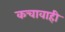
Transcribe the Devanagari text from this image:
कचावाही